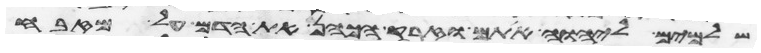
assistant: שלמים ליהוה אתם וזרק הכהן את הדם על מזבח